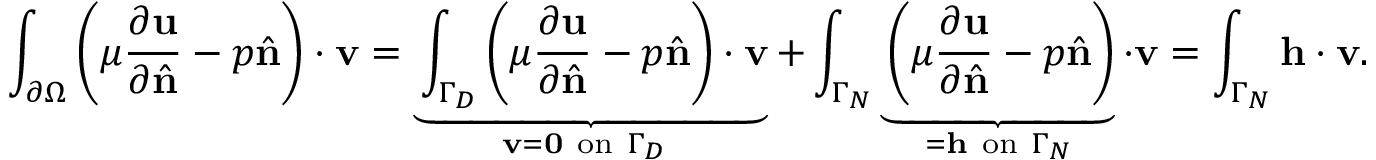
\int _ { \partial \Omega } \left( \mu { \frac { \partial \mathbf { u } } { \partial { \hat { \mathbf { n } } } } } - p { \hat { \mathbf { n } } } \right) \cdot \mathbf { v } = \underbrace { \int _ { \Gamma _ { D } } \left( \mu { \frac { \partial \mathbf { u } } { \partial { \hat { \mathbf { n } } } } } - p { \hat { \mathbf { n } } } \right) \cdot \mathbf { v } } _ { \mathbf { v } = \mathbf { 0 } { \mathrm { ~ o n ~ } } \Gamma _ { D } \ } + \int _ { \Gamma _ { N } } \underbrace { { \vphantom { \int _ { \Gamma _ { N } } } } \left( \mu { \frac { \partial \mathbf { u } } { \partial { \hat { \mathbf { n } } } } } - p { \hat { \mathbf { n } } } \right) } _ { = \mathbf { h } { \mathrm { ~ o n ~ } } \Gamma _ { N } } \cdot \mathbf { v } = \int _ { \Gamma _ { N } } \mathbf { h } \cdot \mathbf { v } .